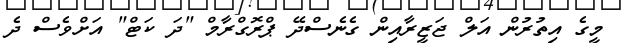
މީގެ އިތުރުން އަލް ޖަޒީރާއިން ގެނެސްދޭ ޕްރޮގްރާމް "ދަ ކަޓް" އަށްވެސް ދެ